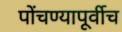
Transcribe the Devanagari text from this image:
पोंचण्यापूर्वीच